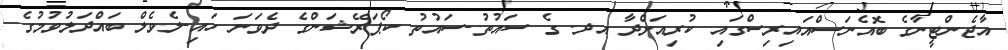
އާޖެންޓީނާގެ ބޮއެނަސްއައިރިސްގައި ކުރިއަށްދާ އދ. ގެ ސައުތު-ސައުތު ކޯޕަރޭޝަންގެ ދެވަނަ ހައި-ލެވެލް ބައްދަލުވުމުގެ